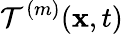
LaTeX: \mathcal{T}^{(m)}(\mathbf{x},t)